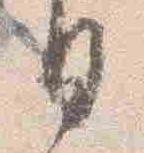
日